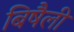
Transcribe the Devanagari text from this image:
बिषैली